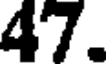
47.